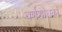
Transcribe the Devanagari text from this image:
वर्णशोधकों